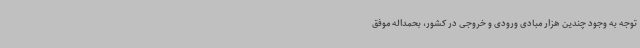
توجه به وجود چندین هزار مبادی ورودی و خروجی در کشور، بحمداله موفق